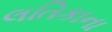
લતિકાના